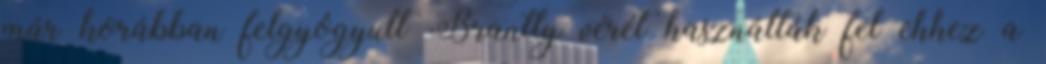
már korábban felgyógyult Brantly vérét használták fel ehhez a